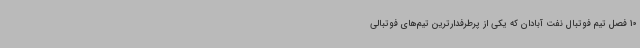
10 فصل تیم فوتبال نفت آبادان که یکی از پرطرفدارترین تیم‌های فوتبالی